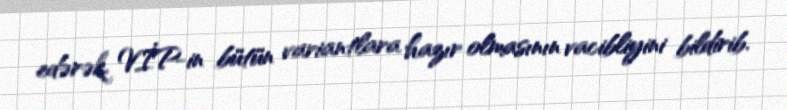
edərək, VİP-in bütün variantlara hazır olmasının vacibliyini bildirib.